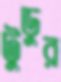
টুডুর